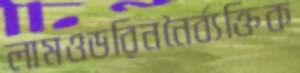
লামওডরিননৈর্ব্যক্তিক